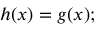
h ( x ) = g ( x ) ;